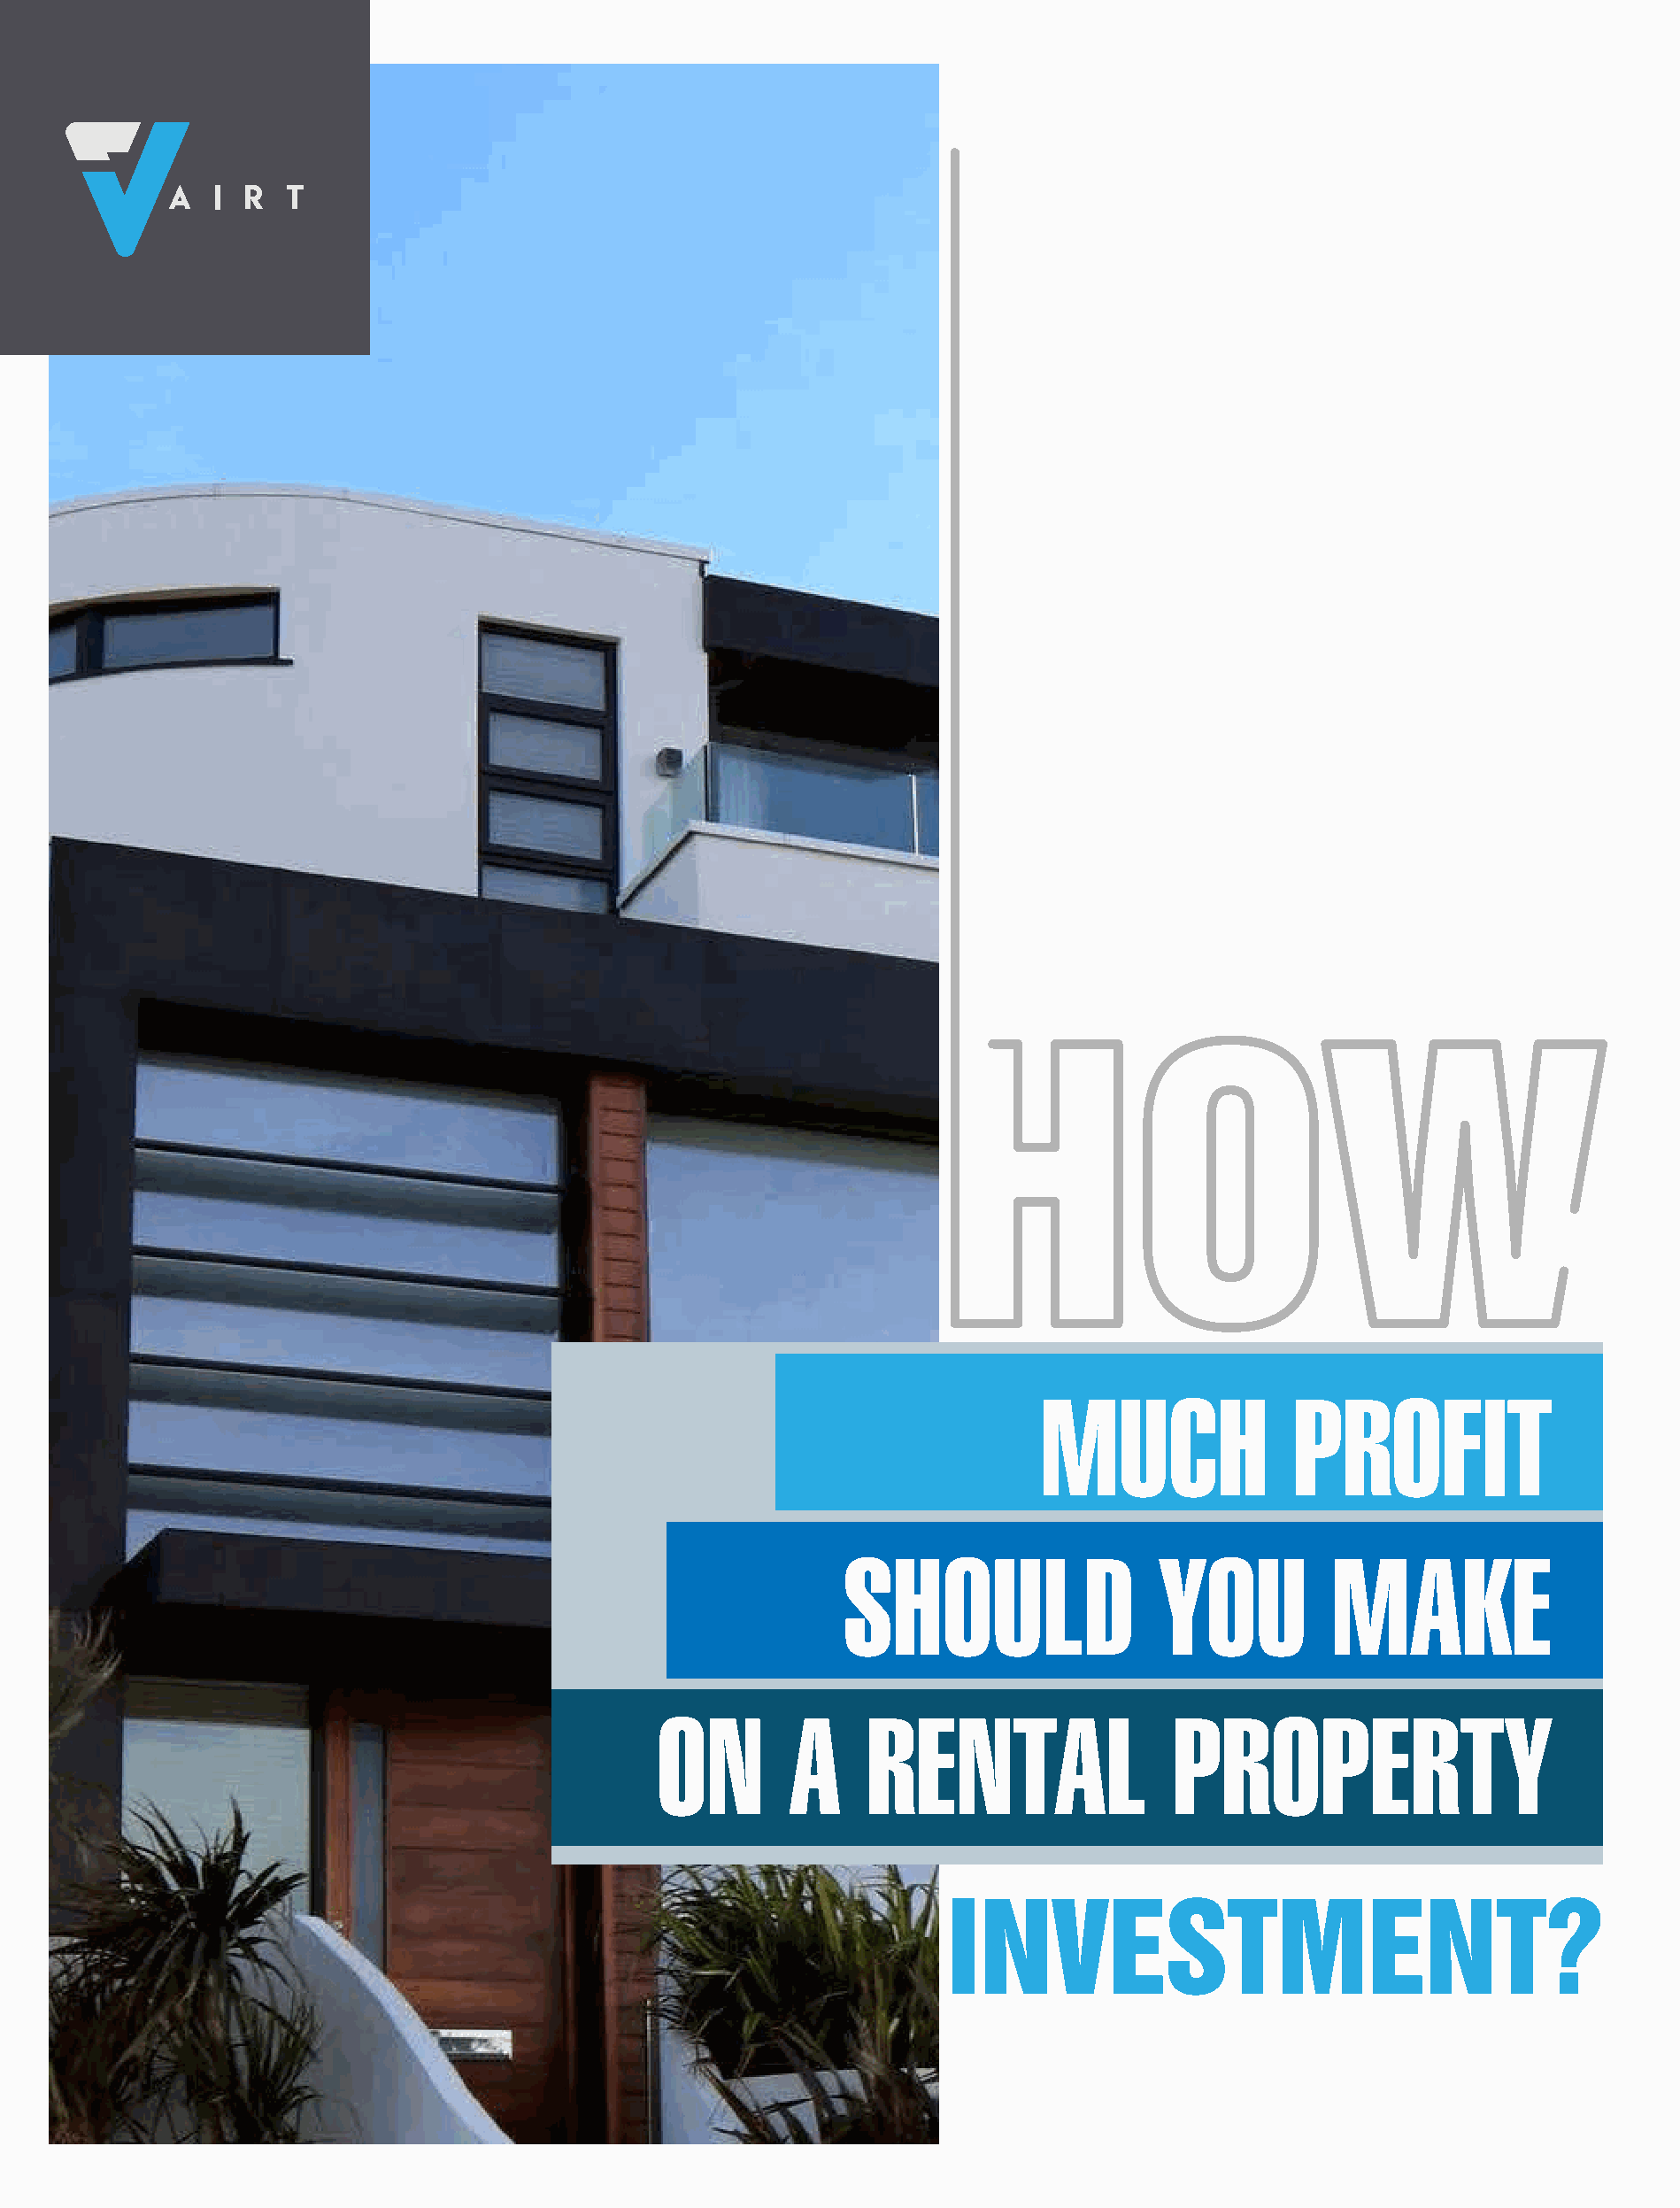
MUCH               PROFIT
 SHOULD                  YOU          MAKE
 ON        A     RENTAL                 PROPERTY
 INVESTMENT?